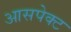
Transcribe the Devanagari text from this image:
आसपेक्ट